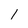
Character: 1